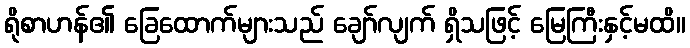
ရိုစာဟန်၏ ခြေထောက်များသည် ချော်လျက် ရှိသဖြင့် မြေကြီးနှင့်မထိ။